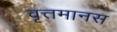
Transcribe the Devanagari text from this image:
वृत्तमानस